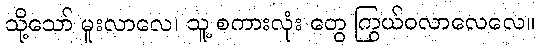
သို့သော် မူးလာလေ၊ သူ့ စကားလုံး တွေ ကြွယ်ဝလာလေလေ။